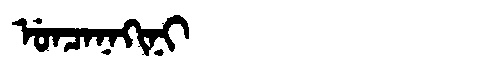
Manchu: ᡠᠨᠴᠠᠨᠠᡴᡳᠨᡳ
Romanization: UNCANAKINI